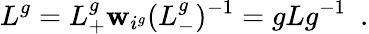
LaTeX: L^{g}=L_{+}^{g}\mathbf{w}_{i^{g}}(L_{-}^{g})^{-1}=gLg^{-1}\ \ .